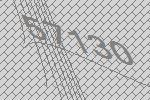
57130